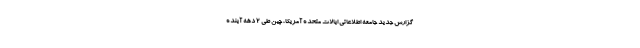
گزارش جدید جامعه اطلاعاتی ایالات متحده آمریکا، چین طی 2 دهه آینده